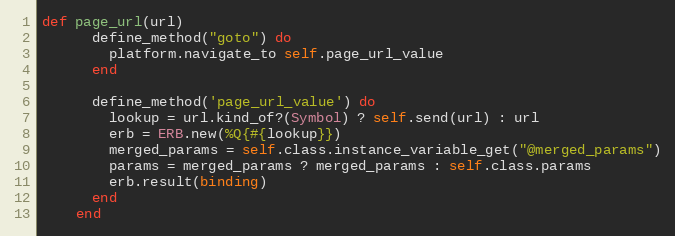
Language: Ruby
def page_url(url)
      define_method("goto") do
        platform.navigate_to self.page_url_value
      end

      define_method('page_url_value') do
        lookup = url.kind_of?(Symbol) ? self.send(url) : url
        erb = ERB.new(%Q{#{lookup}})
        merged_params = self.class.instance_variable_get("@merged_params")
        params = merged_params ? merged_params : self.class.params
        erb.result(binding)
      end
    end